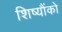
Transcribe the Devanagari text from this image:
शिष्यौंको